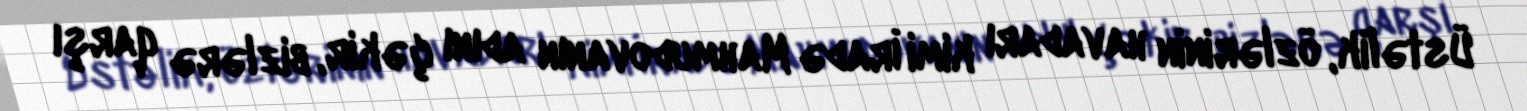
Üstəlik, özlərinin havadarı kimi İradə Mahmudovanın adını çəkir, bizlərə qarşı